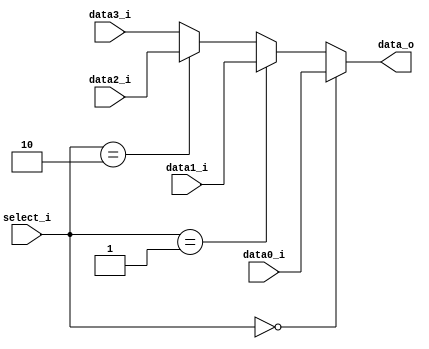
module MUX4_32
(
	data0_i,
	data1_i,
	data2_i,
	data3_i,
	select_i,
	data_o
);

input	[31:0]	data0_i;
input	[31:0]	data1_i;
input	[31:0]	data2_i;
input	[31:0]	data3_i;
input	[1:0]	select_i;
output	[31:0]	data_o;

assign data_o = (select_i==2'd0) ? data0_i :
		(select_i==2'd1) ? data1_i :
		(select_i==2'd2) ? data2_i : data3_i;

endmodule